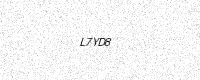
Text: L7YD8